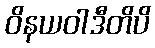
ဝိနယဝါဒီတိပိ